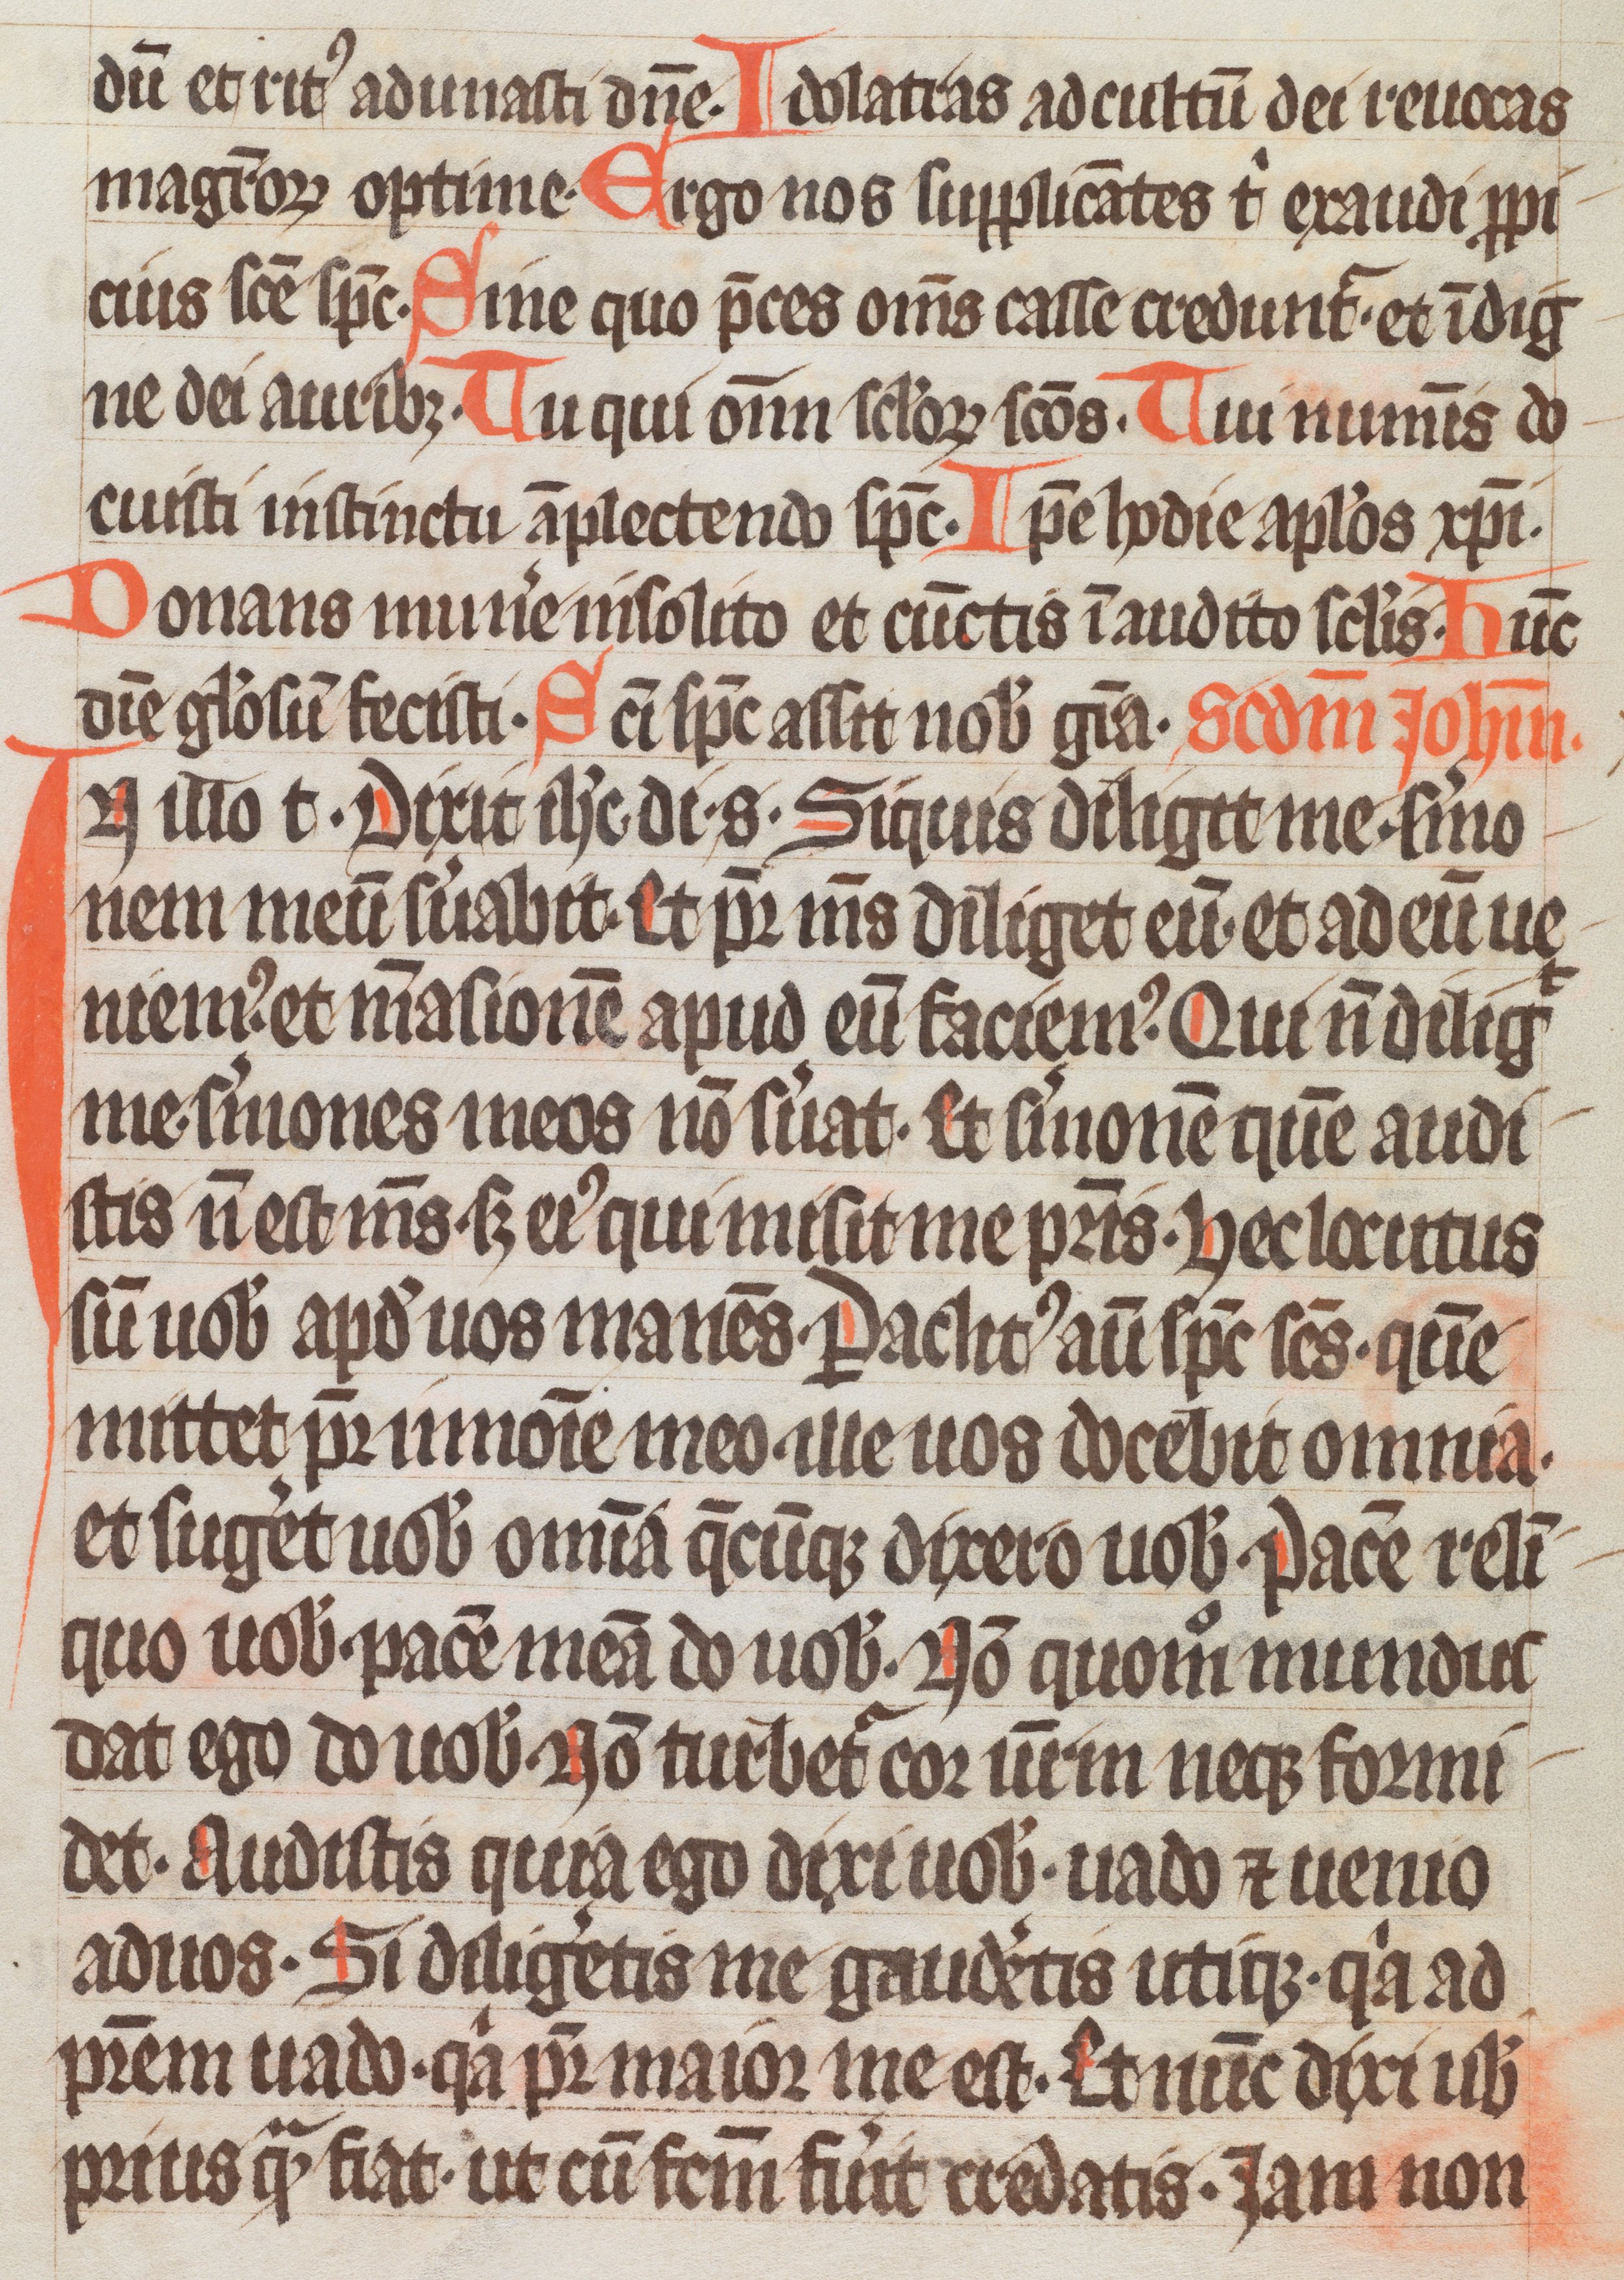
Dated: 1333–1333